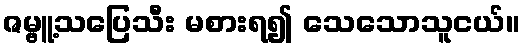
ဇမ္ဗူ့သပြေသီး မစားရ၍ သေသောသူငယ်။